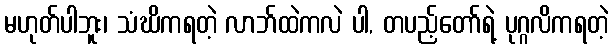
မဟုတ်ပါဘူး၊ သံဃိကရတဲ့ လာဘ်ထဲကလဲ ပါ, တပည့်တော်ရဲ့ ပုဂ္ဂလိကရတဲ့